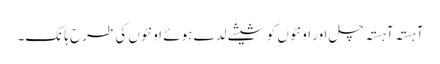
آہستہ آہستہ چل اور اونٹوں کو شیشے لدے ہوئے اونٹوں کی طرح ہانک۔